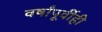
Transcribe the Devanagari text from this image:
वर्षांपूर्वीही